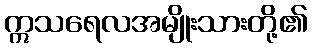
ဣသရေလအမျိုးသားတို့၏